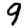
Digit: 9